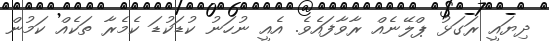
ދިޔައީ ރަގަޅު ޕްލޭނެއް ރާވާފައެވެ. އެއީ ނުހަނު ކުޑަކުޑަ ކެމެރާ ތަކެއް ކަމުން